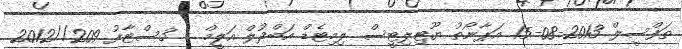
ތަފްސީލް 2013-08-15 އަޕާނޯތު ޔޫޓިލިޓީސް ލިމިޓެޑް އަބްދުލް އަލީމް + 3ސްޓާފު 209//2012